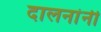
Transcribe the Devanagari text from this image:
दालनांनी